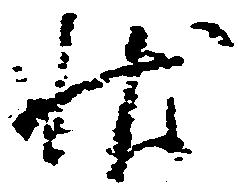
状